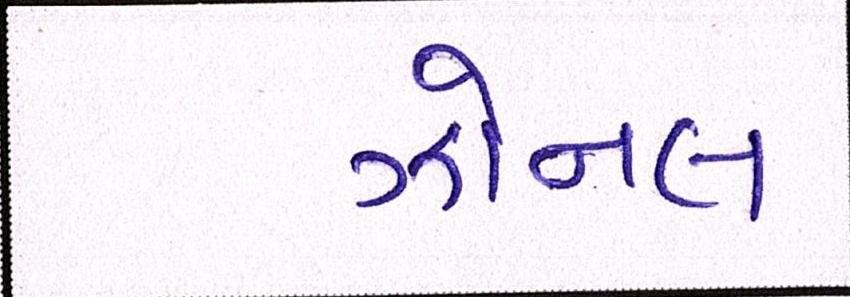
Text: ઝોનલ